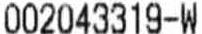
002043319-W